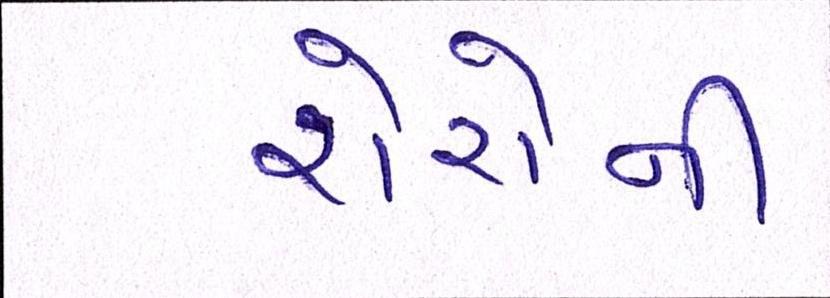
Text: શેરોની